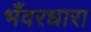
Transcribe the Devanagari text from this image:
भँवरधारा